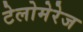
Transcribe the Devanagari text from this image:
टेलोमेरेज